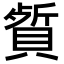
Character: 𬥡